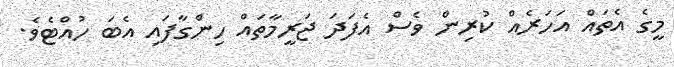
މީގެ އެތައް އަހަރެއް ކުރިން ވެސް އެފަދަ ޖަރީމާތައް ހިންގާފައި އެބަ ހުއްޓެވެ.